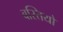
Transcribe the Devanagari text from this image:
बस्‍तियो